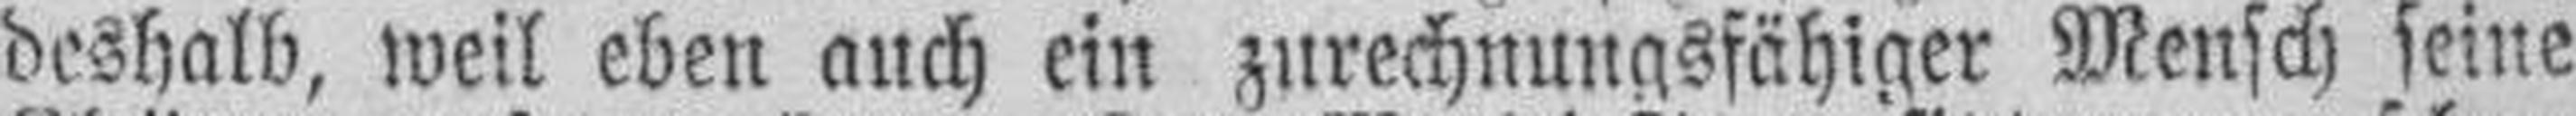
deshalb, weil eben auch ein zurechnungsfähiger Mensch seine